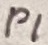
Text: P1